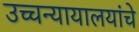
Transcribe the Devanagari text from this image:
उच्चन्यायालयांचे